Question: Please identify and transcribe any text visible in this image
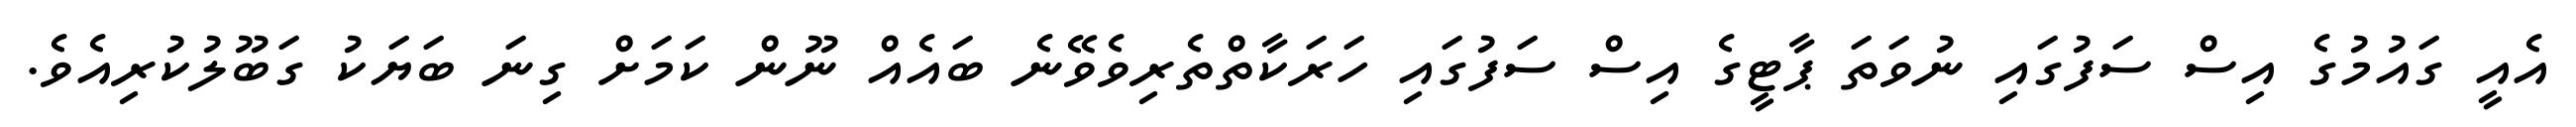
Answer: އެއީ ގައުމުގެ އިސް ސަފުގައި ނުވަތަ ޕާޓީގެ އިސް ސަފުގައި ހަރަކާތްތެރިވެވޭނެ ބައެއް ނޫން ކަމަށް ގިނަ ބަޔަކު ގަބޫލުކުރިއެވެ.